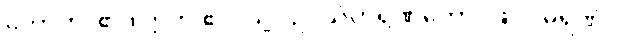
ဟောတိ၊ ၏။ ဣတိ ဧဝံ၊ သို့။ ဥပသံဟရဏတော၊ ဖြင့်။ မရဏံ၊